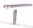
Text: T